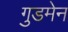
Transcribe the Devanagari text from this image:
गुडमेन